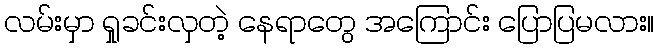
လမ်းမှာ ရှုခင်းလှတဲ့ နေရာတွေ အကြောင်း ပြောပြမလား။